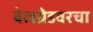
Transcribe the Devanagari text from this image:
बेलग्रेडवरचा